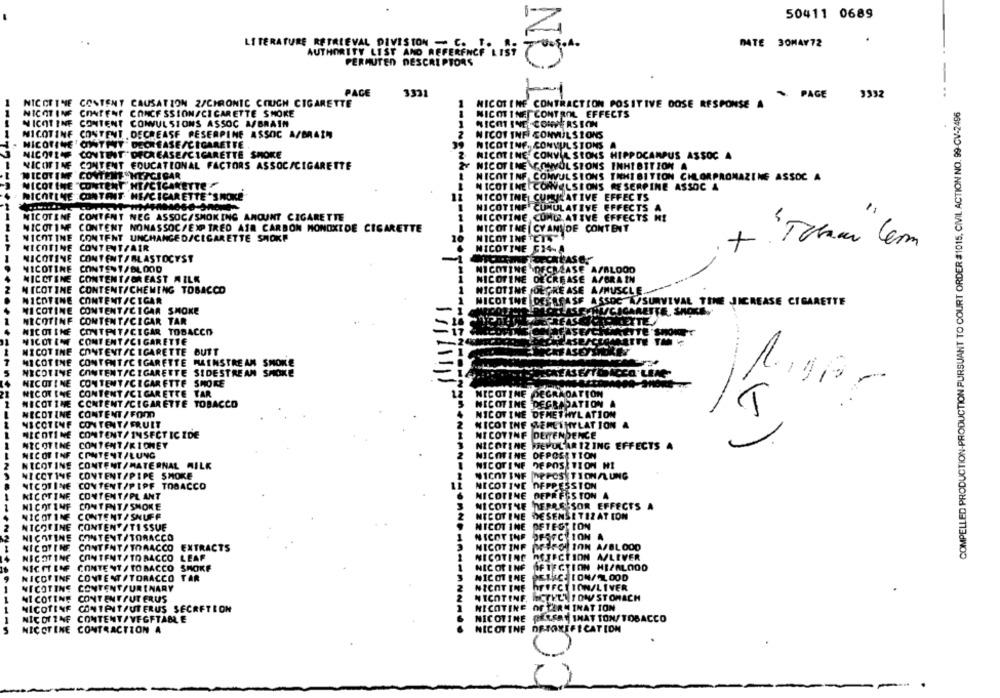
50411 0689
Z
LITERATURE RETRIEVAL DIVISION - C. T. ..
DATE 30MAY72
AUTHORITY LIST AND REFERENCE LIST
PERMUTEN DESCRIPTORS
-
PAGE
3331
PAGE
3332
NICOTINE CONTENT CAUSATION 2/CHRONIC COUGH CIGARETTE
NICOTINE CONTRACTION POSITIVE DOSE RESPONSE A
COMPELLED PRODUCTION-PRODUCTION PURSUANT TO COURT ORDER #1015, CIVIL ACTION NO. 99-CV-2496
NICOTINE CONTENT
CONCF SSION/CIGARETTE SMOKE
NICOTINEJ CONTROL EFFECTS
NICOTINE CONTENT CONVUL SIONS ASSOC ASBRAIN
NICOTINE CONVERSION
NICOTINE CONTENT .DECREASE PESERPINE ASSOC A/BRAIN
NICOT INF CONVIJL SIONS
NICOTINE OWTINT DECREASE/CIGARETTE .
NICOTINE. CONVULSIONS A
NICOLAS
CONTENT "DECREASE/CIGARETTE SMOKE
NICOTINE. CONVUL SIONS HIPPOCAMPUS ASSOC A
NICOTINE
CONTENT EDUCATIONAL FACTORS ASSOC/CIGARETTE
NICOTINE \CONVUL SIONS INHIBITION A
NICOTINE
CONTENT .HEPCI CAR
NICOTINE CONVULSIONS THHIBITION CHLORPROMAZINE ASSOC A
NICOTINE "CONTENT"HT/CIGARETTE F
NICOTINE CONVULSIONS RESERPINE ASSOC A
NICOTINE CONTAIT HE/CICARETTE'SNOKE
NICOTINE CUMULATIVE EFFECTS
NICOTINE CUMULATIVE EFFECTS
NICOTINE
CONTENT NEG ASSOC/SMOKING AMOUNT CIGARETTE
NICOTINE, CONGATIVE EFFECTS HI
NICOTINE
CONTENT NONASSOC/EXP TRED AIR CARBON MONOXIDE CIGARETTE
NICOTINE CYANIDE CONTENT
1
NICOTINE
CONTENT UNCHANGED/CIGARETTE SMOKE
NICOT INF CTS"1
+
NICOTINE
CONTENT/AIR
NICOTINE GI4-A
NICOTINE
CONTENT/BLASTOCYST
NICOTINE
CONTENT/BLOOD
NICOTINE
LOOD
MICCTINE
CONTENTFOR EAST MILK
NICOTINE
DE CREAS
NICOTINE CONTENT/CHEWING TOBACCO
NICOTINE JOEPRE ASE
NICOTINE
CONTENT /CIGAR
ASS
NICOTINE DEERFAS
SURVIVAL TINE JICREASE CIGARETTE
NICOTINE
CONTENT/CIGAR SMOKE
NICOTINE
CONTENT/CIGAR TAR
FASS
NICOTINE
CINTPIT/CIGAR TOBACCO
ICE
NICOTINE
CONTENT/CIGARETTE
NICOTINE
CONTENT /CIGARETTE
BUTT
FASE
7
MICOTIME
CONTENTSCIGARETTE MAINSTREAM SMOKE
NICOTINE
CONTENT/CIGARETTE
SIDESTREAM SMOKE
HECKEASEATE
Ca'LEAG
NICOTINE
CONTENT/CIGARETTE SMOKE
NICOTINE
CONTENT /CIGARETTE TAR
12
NICOTINE DEGRADATION
NICOTINE
CONTENT /CIGARETTE TOBACCO
NICOTINE DEGRADATION A
NICOTINE
CONTENT/FOOD
NICOTINE DEMETHYLATION
NICOTINE
CONTENT/ FRUIT
NICOTINE SEMETHYLATION A
NICOTINE
CONTENT/ INSECTICIDE
NICOTINE DEITENDENCE
NICOTINE
CONTENT/KIDNEY
NICOTINE DEPOLARIZING EFFECTS A
1.
NICOT INF
CONTENT/LUNG
NICOTINE OFPOSITION
NICOTINE CONTENT/MATERNAL MILK
NICOTINE DEPOSITION HI
NICOTINE
CONTENT/PIPE SMOKE
NICOTINE
DEPOSITION/LUNG
NICOTINE
CONTENT/PIPE TOBACCO
NICOTINE OFPPESSTON
NICOTINE
CONTENT/PLANT
NICOTINE DEPRESSION
NICOTINF
CONTENT/SMOKE
NICOTINE TEPRE SOR EFFECTS A
NICOTINE CONTENT/SNUFF
NICOTINE DESENSI TIZATION
2
NICOTINE
CONTEN /TISSUE
NICOTINE DETEST ION
NICOTINE
CONTENT/TOBACCO
NICOTINE DESFC ION A
NICOTINE, CONTENT/TORACCO EXTRACTS
NICOT INF MESCO ION A/BLOOD
NICOTINE
CONTENT/ TOBACCO
LEAF
2
NICOTINE
REJECTION AFLEVER
1
NICOTINE OFTECTION HI/ALOOO
NICHT EMF
CONTENT / TOBACCO SMOKE
NICOFINF
CONTENT /TORACCO TAR
NICOTINE
CONTENT/URINARY
2
NICOTINE
hFFFCE TON/LIVER
NICOTINE
NICOTINE CONTENT PUT ERUS
NICOTINE.
NCTELLI ON STOMACH
NICOTINE OF TERMINATION
NICOTINF CONTENT/UTERUS SECRETION
NICOTINE CONTENT/VEGFTAN E
NICOTINE PERSAY IHAT TON/ TOBACCO
NICOTINE CONTRACTION A
NICOTINE DE-TOXEFICATION
C